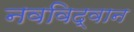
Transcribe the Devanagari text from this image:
नवविद्वान